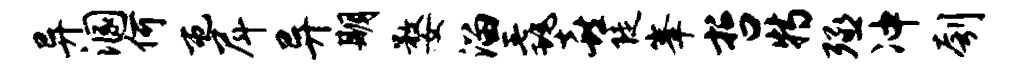
异溷何屯戽异期婺溜毳喜陡峰哲特殛冲刳